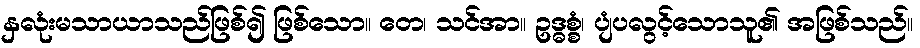
နှလုံးမသာယာသည်ဖြစ်၍ ဖြစ်သော။ တေ၊ သင်အာ။ ဥဒ္ဓစ္စံ၊ ပျံပလွင့်သောသူ၏ အဖြစ်သည်။